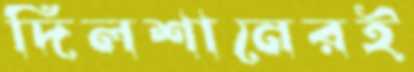
দিলশানেরই